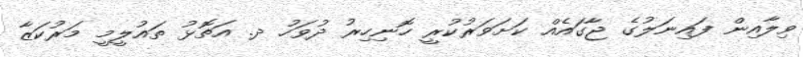
ވިލާއިން ފައިނަލުގެ ޖާގައެއް ކަށަވަރުކުރީ ހޮނިހިރު ދުވަހު ދ. އަތޮޅު ތައުލީމީ މަރުކަޒާ